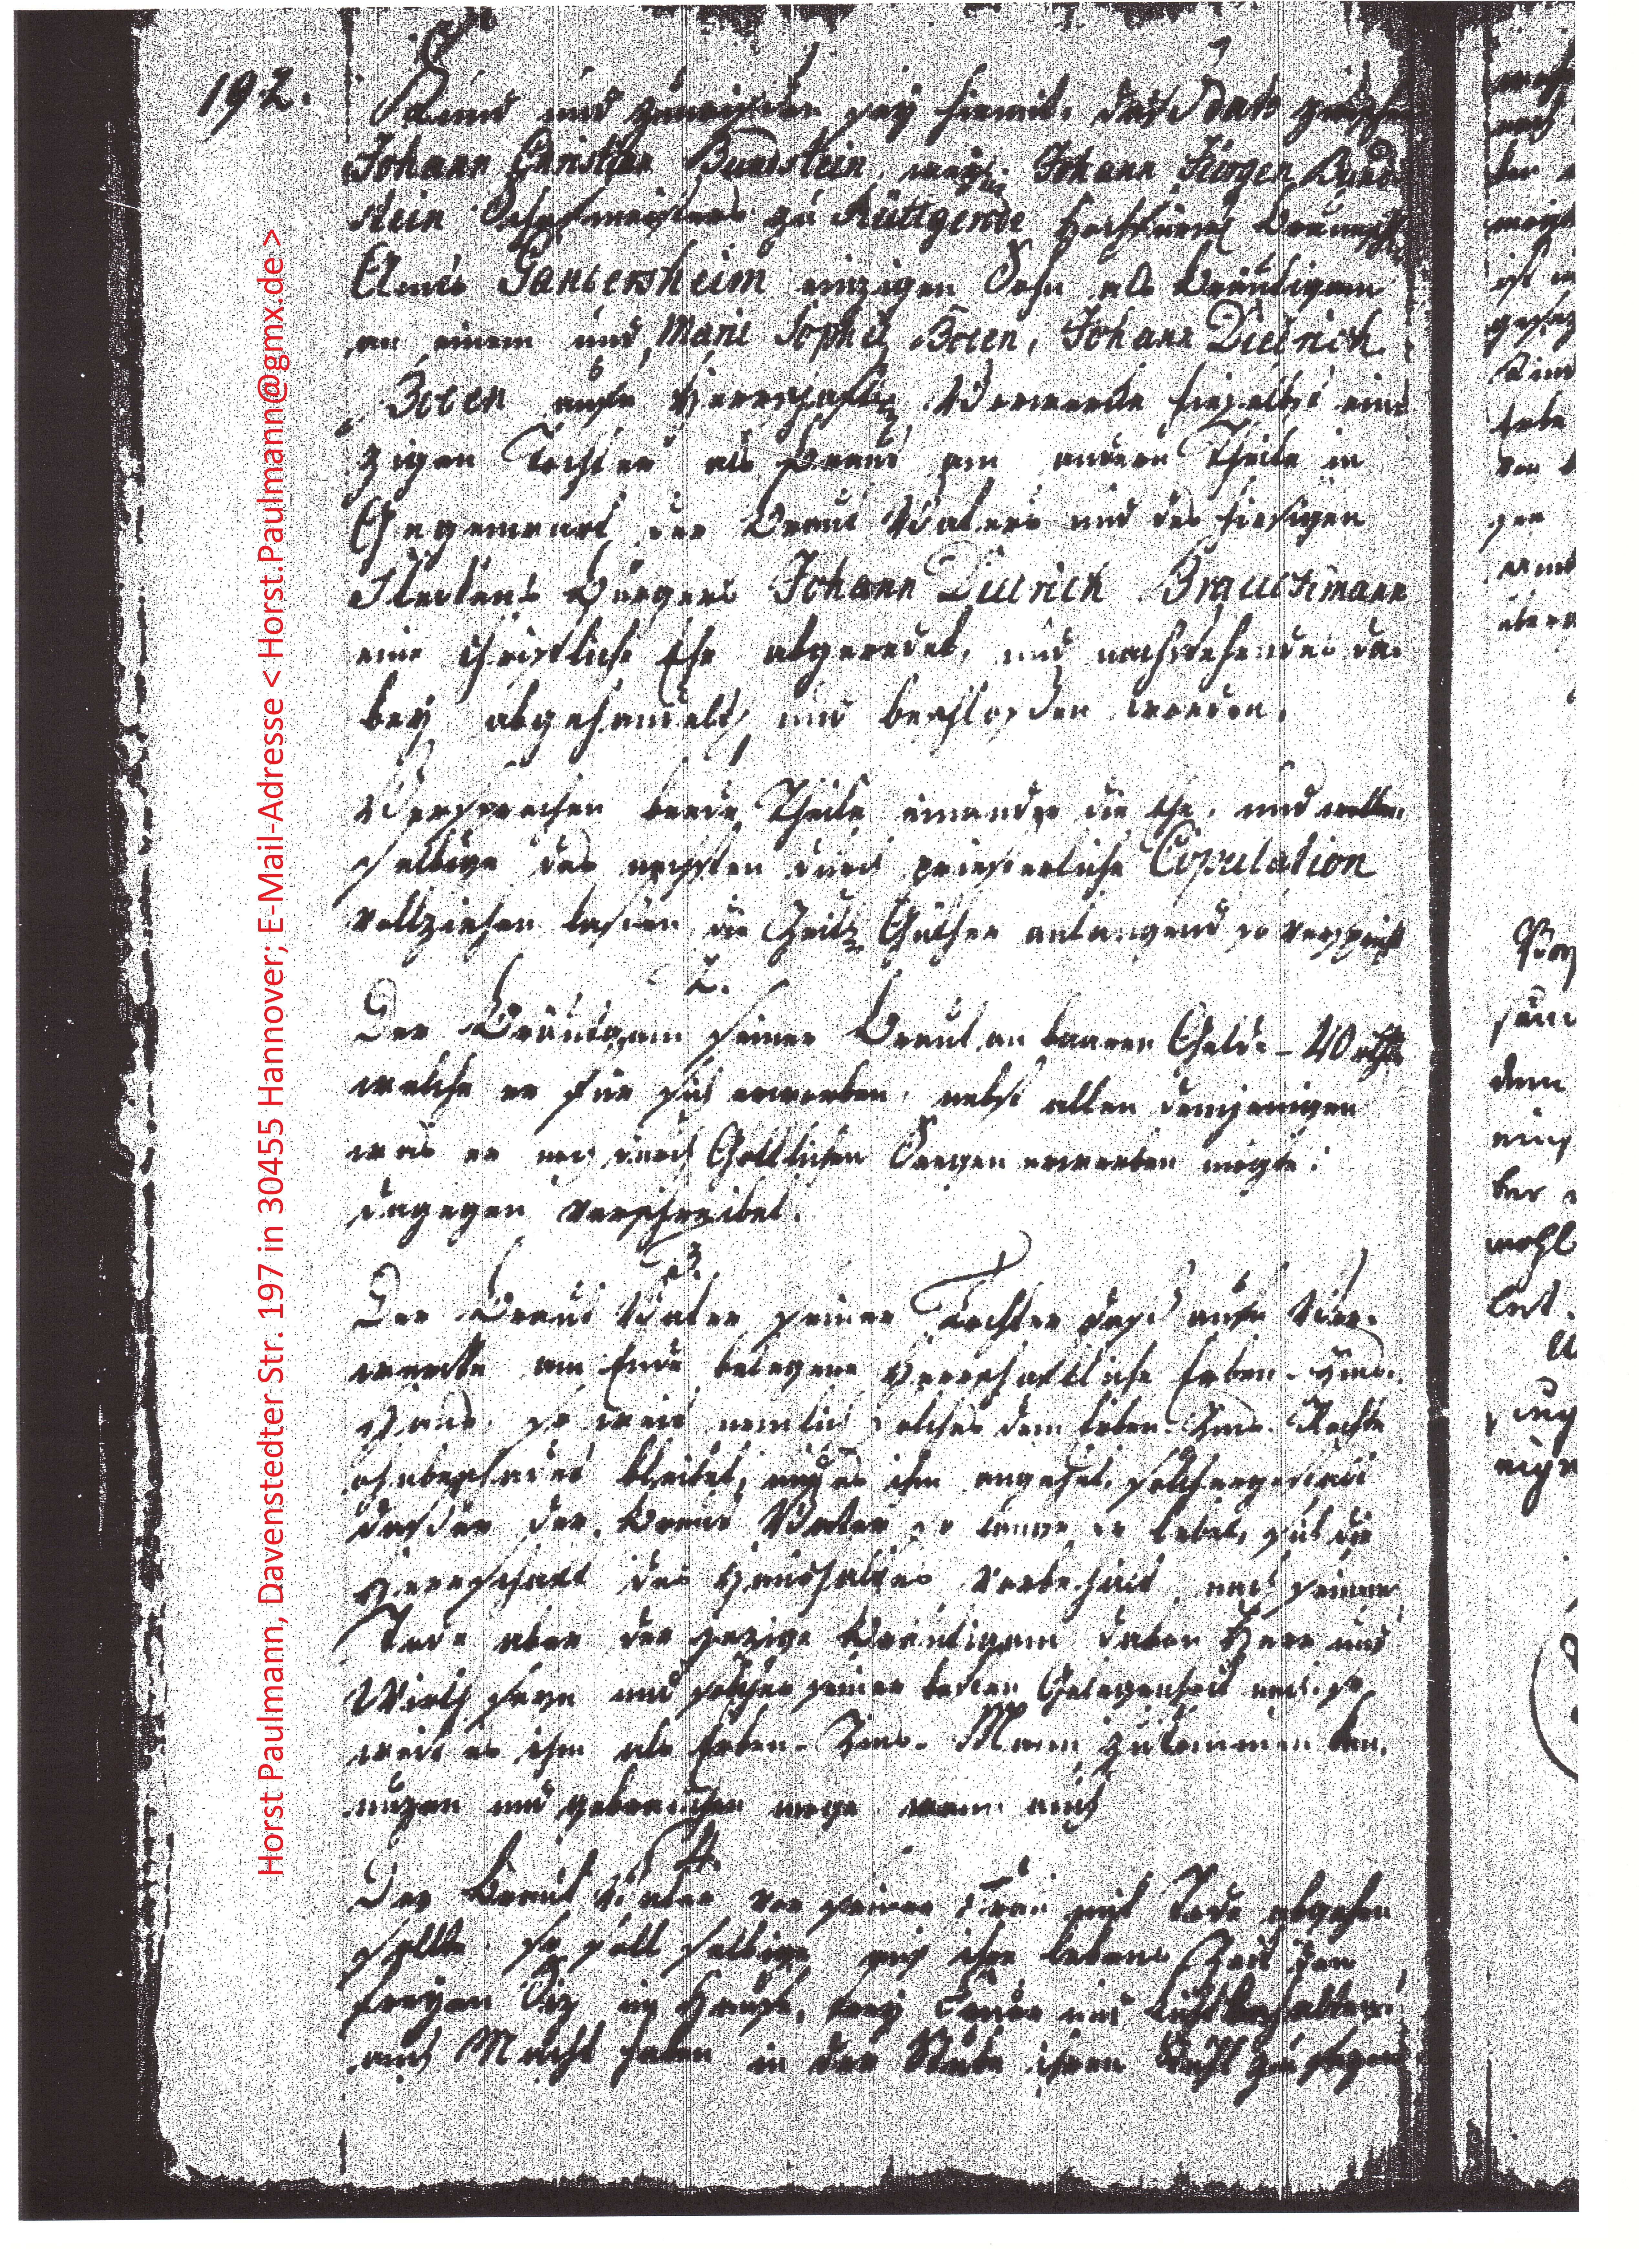
Kund und zuwissen sey hirmit, das daß zwischen
Johann Christian Bundstein, xxx Johann Jürgen Bund¬
stein Schafmeisters zu Rüttgerode hochfürstl. Braunschw.
Amts Gandersheim einzigen Sohn, als Bräutigam
an einem und Marie Sophie Boden, Johann Dietrich
Boden xxx Herrschaft xxx hieselbst ein¬
zigen Tochter als Braut am andern Theile in
Gegenwart der Braut Vaters und des hiesigen
Amtens Bürgers Johann Dietrich Brauckmann
eine christliche Ehe abgeredet, und nachstehendes da¬
bey abgehandelt und beschloßen werden.
1
Versprechen beede Theile einander die Ehe, und wollen
selbige des nechsten durch priesterliche Copulation
vollziehen laßen. Die Zeitz Güther anlangend so verspricht
2.
Der  Bräutigam seiner Braut an baarem Gelde - 40 rthlr
welche er für sich erwerben, nebst allen demjenigen
was er noch durch Göttlichen Seegen erwerben mögte.
Dagegen verschreibet
3.
der Braut Vater seiner Tochter daß xxx Ver¬
wandte am Ende belegene herrschaftliche Erben-Zins¬
Haus, so weit nemlich solches dem Erben Zins Rechte
ohnbeschadet bleibet, und es ihm angehet, solchergestalt
deßen der Braut Vater so lange er lebet hat die
Herrschaft des Haushaltes Vorbehalt, nach seinem
Tode aber der jezige Bräutigam davon Herr und
Wirth seyn und solcher seiner baren Gelegenheit nach, so
wie es ihm als Erben-Zins-Mann zukommen be¬
nuzen und gebrauchen mege. wann auch
4.
Der Braut Vater vor seiner Frau mit Tode abgehen
sollte, so soll selbige auf ihre Lebenszeit den
freyen Siz im hause, frey Feuer und xxx behaltend
auch Macht haben in der Stube ihren Stuhl zu sezen

192.